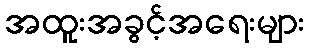
အထူးအခွင့်အရေးများ